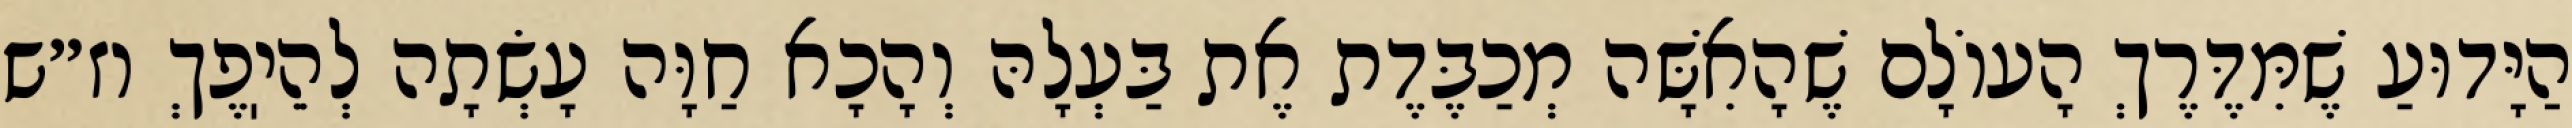
הַיָּדוּעַ שֶׁמִּדֶּרֶךְ הָעוֹלָם שֶׁהָאִשָּׁה מְכַבֶּדֶת אֶת בַּעְלָהּ וְהָכָא חַוָּה עָשְׂתָה לְהֵיֽפֶךְ וז״ש